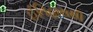
ઈતિહાસથી